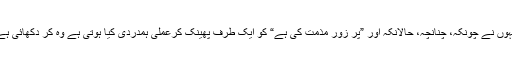
انہوں نے چونکہ، چنانچہ، حالانکہ اور ”پر زور مذمت کی ہے“ کو ایک طرف پھینک کرعملی ہمدردی کیا ہوتی ہے وہ کر دکھائی ہے۔